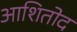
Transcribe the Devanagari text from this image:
आशितोद